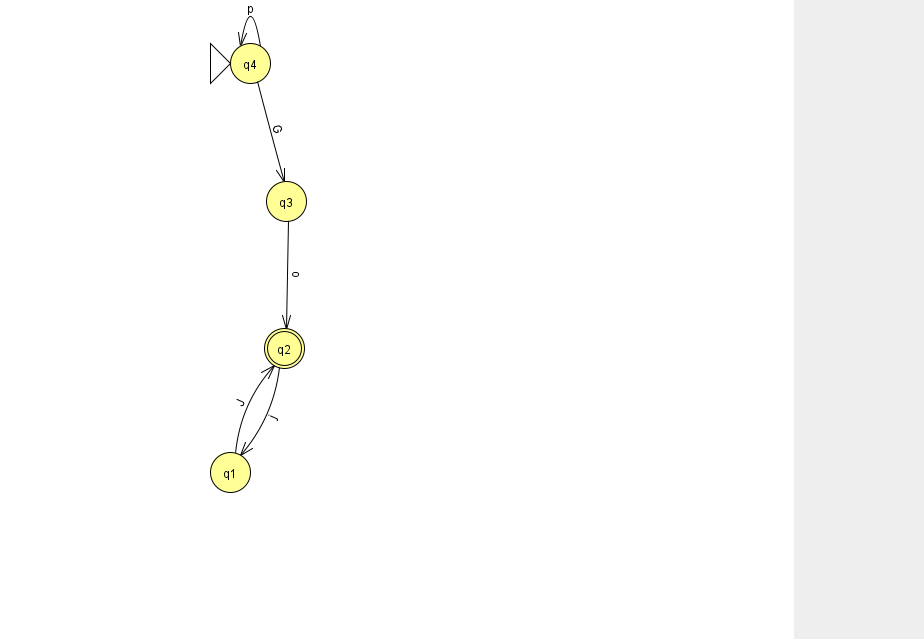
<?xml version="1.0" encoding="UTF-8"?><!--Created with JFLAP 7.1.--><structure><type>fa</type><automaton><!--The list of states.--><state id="1" name="q1"><x>230.0</x><y>459.0</y></state><state id="2" name="q2"><x>284.0</x><y>335.0</y><final/></state><state id="3" name="q3"><x>286.0</x><y>188.0</y></state><state id="4" name="q4"><x>250.0</x><y>50.0</y><initial/></state><!--The list of transitions.--><transition><from>4</from><to>4</to><read>p</read></transition><transition><from>1</from><to>2</to><read>J</read></transition><transition><from>2</from><to>1</to><read>j</read></transition><transition><from>3</from><to>2</to><read>o</read></transition><transition><from>4</from><to>3</to><read>G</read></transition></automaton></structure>